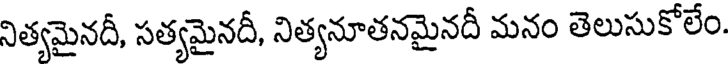
నిత్యమైనదీ, సత్యమైనదీ, నిత్యనూతనమైనదీ మనం తెలుసుకోలేం